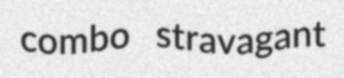
combo stravagant